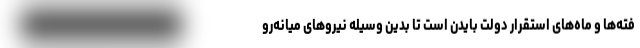
فته‌ها و ماه‌های استقرار دولت بایدن است تا بدین وسیله نیروهای میانه‌رو